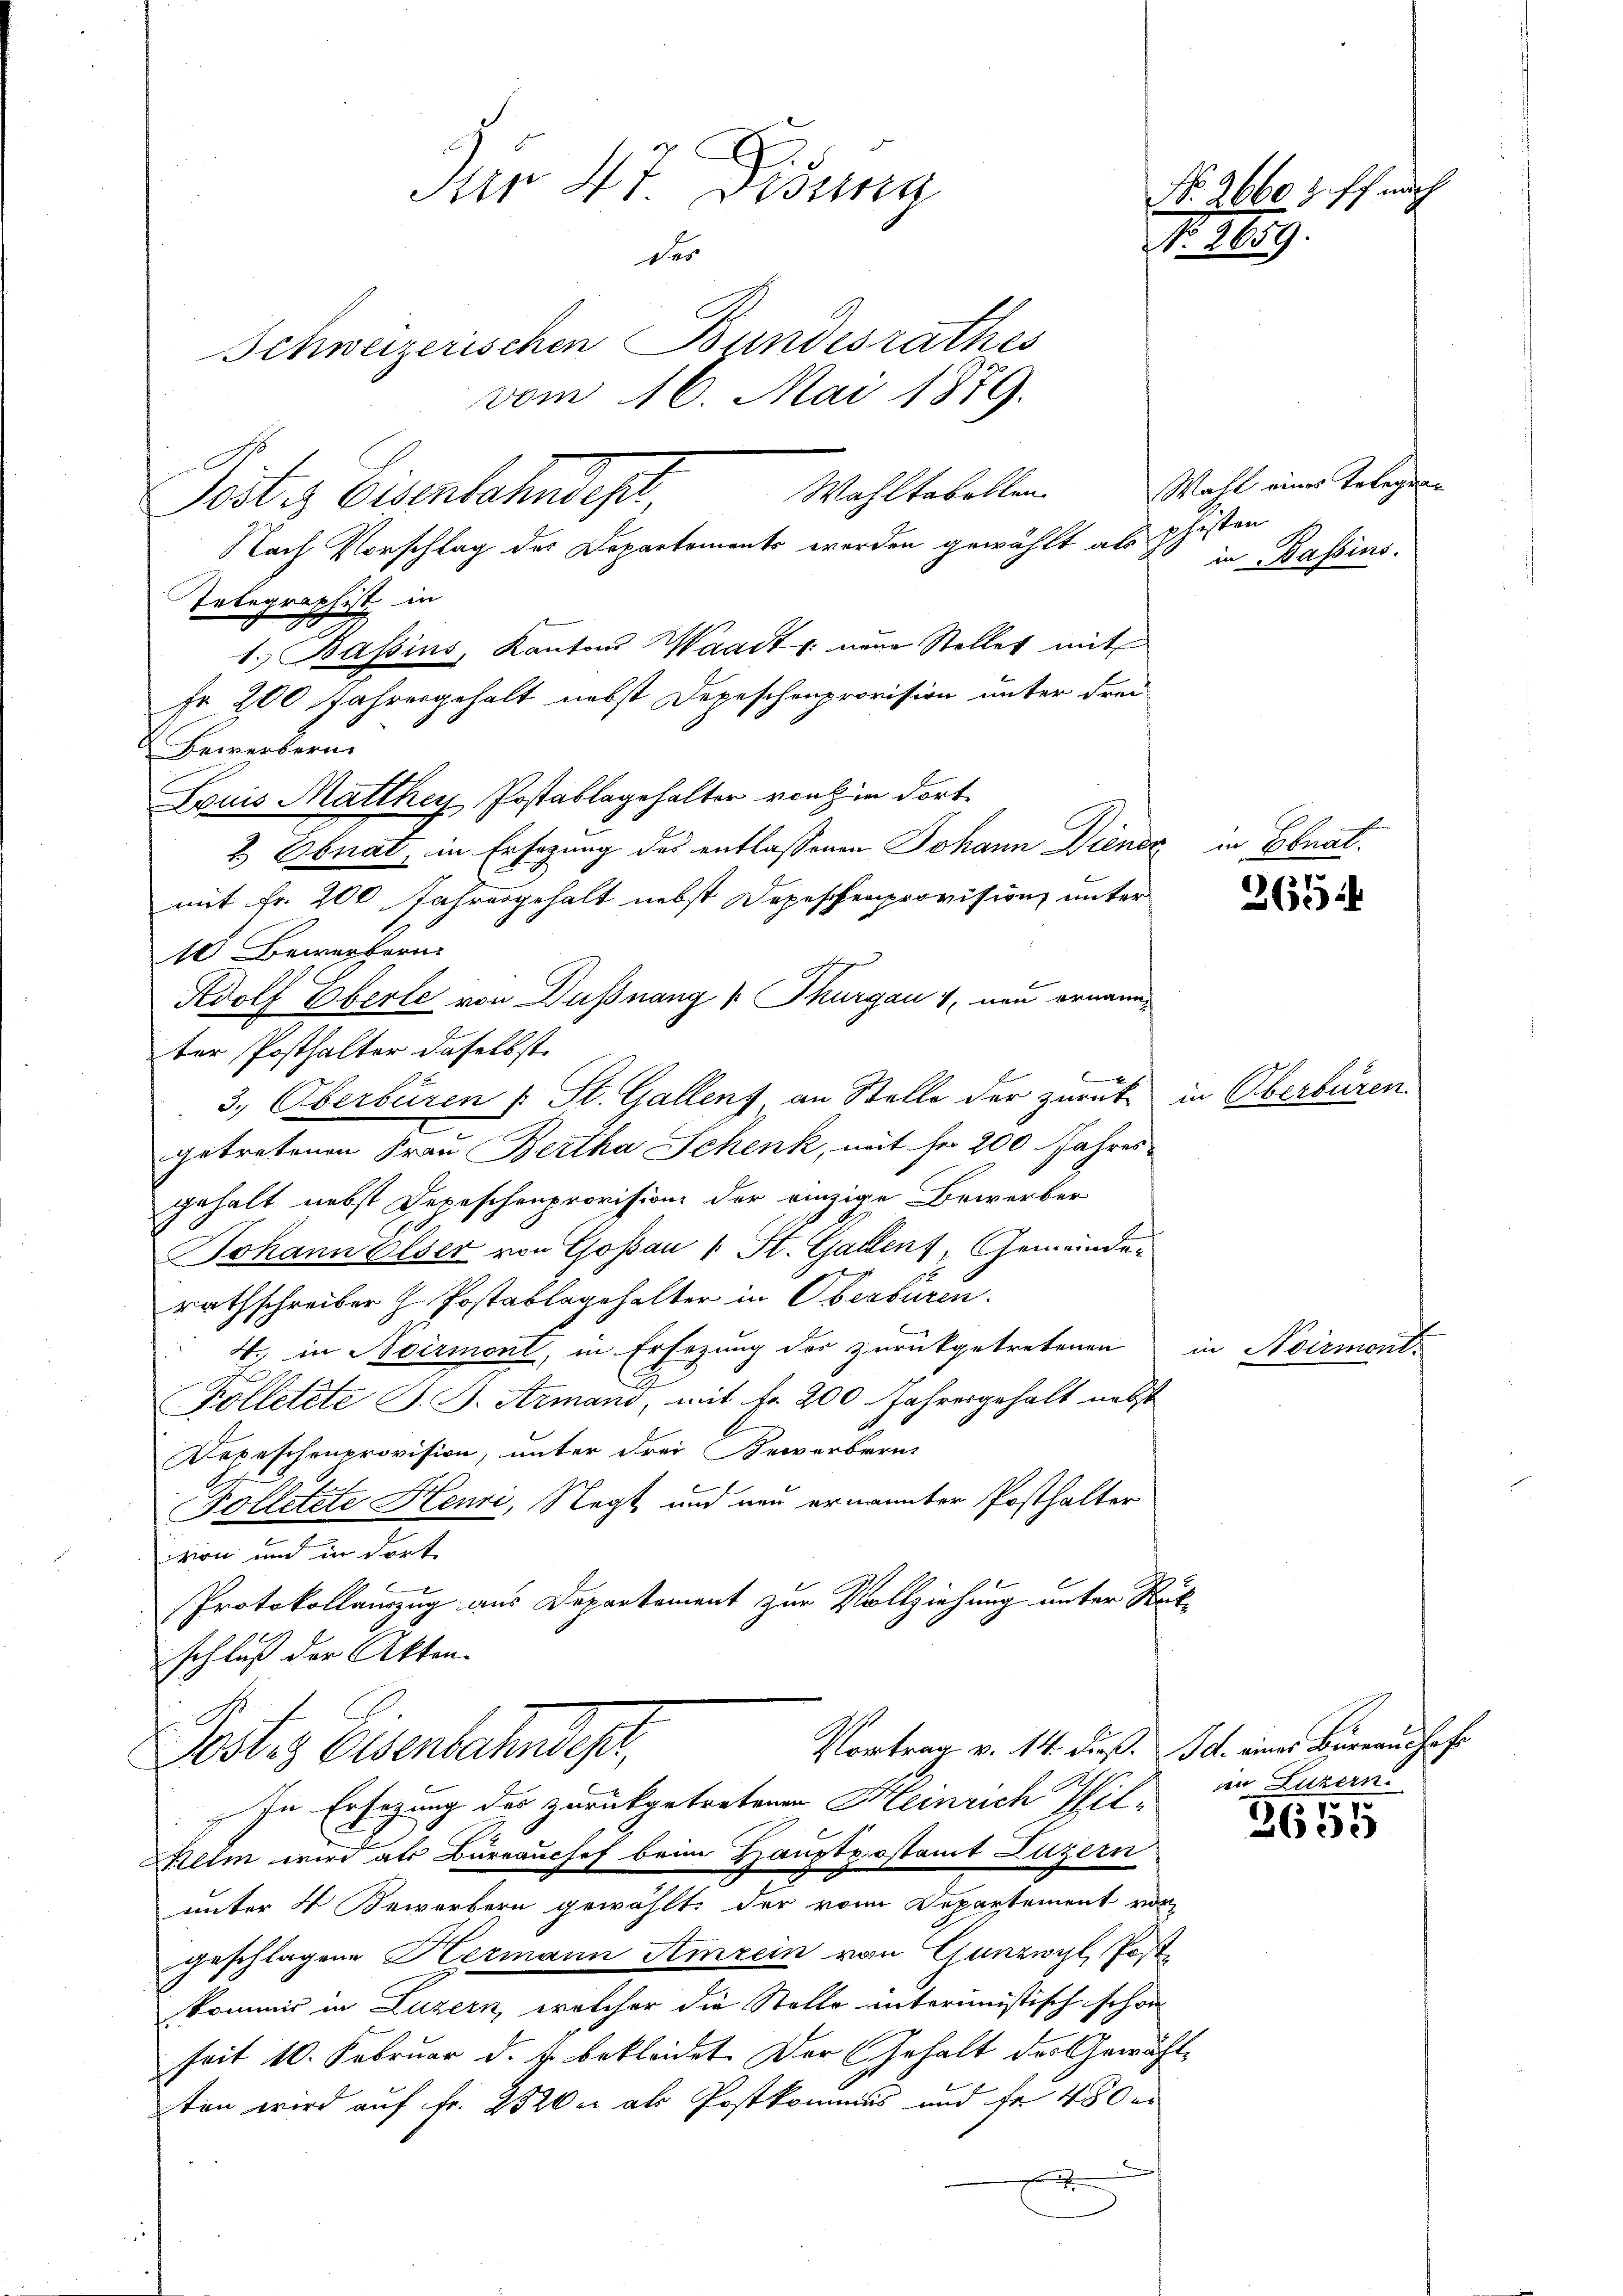
Dar 47. Disung
des
Schweizerischen Bundesrathes
vom 16. Mai 1879.
Postis Bisenbahndept Wohltabellen
Nach Vorschlag der Departements werden gewählt als phisten

Telegraphist in
1. Bassins, Kantons Waadt neue Stellet mit
Fr. 200 Jahresgehalt nebst Depeschenprovision unter drei
Bewerbern
Louis Matthey Postablagehalter ventin dort
2) Obnat, in Ersezung des entlassenen Johann Diener
mit Fr. 200 Jahresgehalt nebst Depeschenprovision unter
10 Bewerbern
Adolf Eberle von Dußnang v. Thurgau 1 neu ernann
ter Posthalter daselbst.
3., Oberbüren (: St. Gallenz an Stelle der zurück in Oberbüren
getretenen Frau Bertha Schenk, mit Fr. 200 Jahres
gehalt nebst Depeschenprovision der einzige Bewerber
Johann Elser von Gossau 1 St. Gallen, Gemeinde¬
2
rathschreiber H. Postablagehalter in Oberburen.
4. in Noirmont, in Ersezung der zurückgetretenen in Noirmont-
2
Kölletete J. J. Armano, mit Fr. 200 Jahresgehalt nebst
Depeschenprovision, unter drei Proverbarit
Kolletete Henri, Negt und neu ernannter Posthalter
vion und in dort.
Protokollanzug aus Departement zur Vollziehung unter Rück-
schluß der Akten.
Vortrag v. 14. dieß. Ich eines Büreauschaft
Postes Eisenbahnder,
In Ersezung der zurückgetretenen Meinrich Til¬
Zilli wird als Büreauchef beim Hauptpostamt Luzern
unter 4 Bewerbern gewählt, der von Departement vor
geschlagene Hermann Amrein von Gunzwyl, Post
kommis in Luzern, welcher die Stelle anterimistisch schon
seit 10. Februar d. J. bekleidet. Der Gehalt des Gewächtten wird auf Fr. 2520 u. als Postkommis und fr 480 er
d

No 9660 f. ff. auch
N. 1109.

Wahl eines Telegean
in Bassins.

in Ebnat.

265

in Luzern.

3655